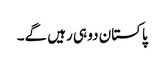
پاکستان دو ہی رہیں گے۔